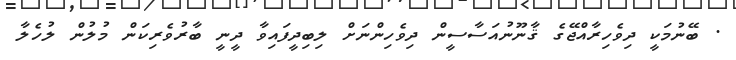
. ބޭނުމަކީ ދިވެހިރާއްޖޭގެ ޤާނޫނުއަސާސީން ދިވެހިންނަށް ލިބިދީފައިވާ ދީނީ ބާރުވެރިކަން މުލުން ލުހެލާ